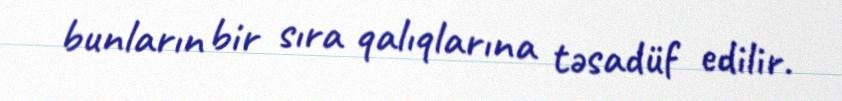
bunların bir sıra qalıqlarına təsadüf edilir.